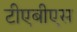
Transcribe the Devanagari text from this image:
टीएबीएस